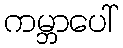
ကမ္ဘာပေါ်